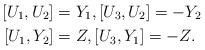
LaTeX: \begin{align*}\left[ U_{1},U_{2}\right] & =Y_{1},\left[ U_{3},U_{2}\right] =-Y_{2}\\\left[ U_{1},Y_{2}\right] & =Z,\left[ U_{3},Y_{1}\right] =-Z.\end{align*}